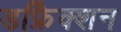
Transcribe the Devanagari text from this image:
डफ्रैिक्शन